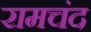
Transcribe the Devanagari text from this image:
रामचंद